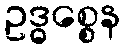
ဥဒ္ဓစ္စေန